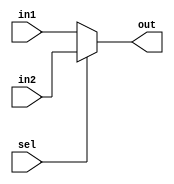
 /* a */

module selector (in1, in2, sel, out);
	input [3:0] in1, in2;
	input sel;
	output [3:0] out;

	reg [3:0] out;
		always @ (in1 or in2 or sel) begin
			if(sel == 0)begin
				out <= in1;
			end
			else begin
				out <= in2;
			end
		end
endmodule